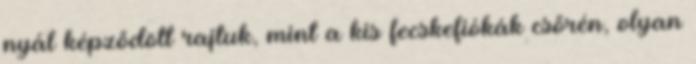
nyál képződött rajtuk, mint a kis fecskefiókák csőrén, olyan